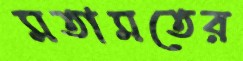
মতামতের